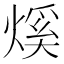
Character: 𤌳